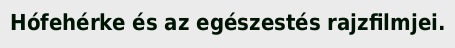
Hófehérke és az egészestés rajzfilmjei.